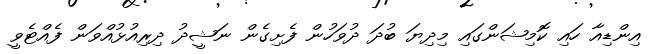
އިންޑިއާ ހައި ކޮމިޝަންގައި މިދިޔަ ބުދަ ދުވަހުން ފެށިގެން ނަޝީދު ދިރިއުޅުއްވަން ފެއްޓެވީ